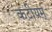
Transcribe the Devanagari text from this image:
कटीयम्